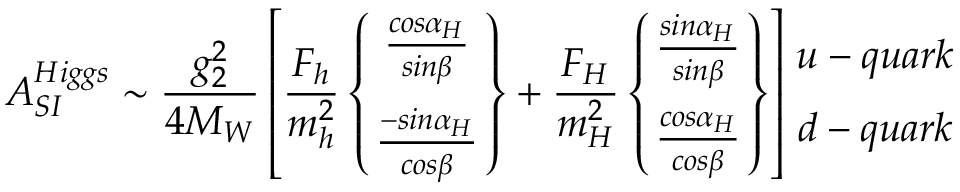
A _ { S I } ^ { H i g g s } \sim { \frac { g _ { 2 } ^ { 2 } } { 4 M _ { W } } } \left[ { \frac { F _ { h } } { m _ { h } ^ { 2 } } } \left\{ { { \frac { c o s \alpha _ { H } } { s i n \beta } } \atop { \frac { - s i n \alpha _ { H } } { c o s \beta } } } \right\} + { \frac { F _ { H } } { m _ { H } ^ { 2 } } } \left\{ { { \frac { s i n \alpha _ { H } } { s i n \beta } } \atop { \frac { c o s \alpha _ { H } } { c o s \beta } } } \right\} \right] { u - q u a r k \atop d - q u a r k }